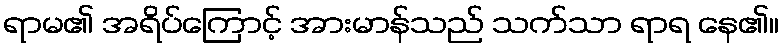
ရာမ၏ အရိပ်ကြောင့် အားမာန်သည် သက်သာ ရာရ နေ၏။